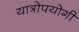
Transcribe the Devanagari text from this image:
यात्रोपयोगी